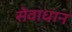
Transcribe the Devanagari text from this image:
सेवाधान